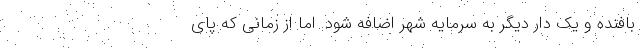
بافنده و یک دار دیگر به سرمایه شهر اضافه شود. اما از زمانی که پای